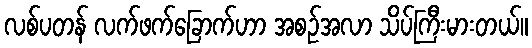
လစ်ပတန် လက်ဖက်ခြောက်ဟာ အစဉ်အလာ သိပ်ကြီးမားတယ်။